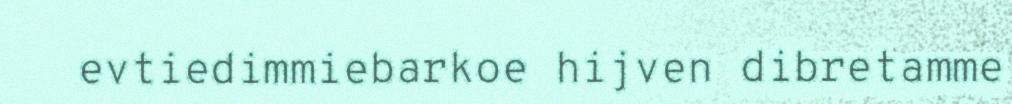
evtiedimmiebarkoe hijven dibretamme